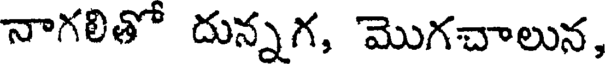
నాగలితో దున్నగ, మొగచాలున,